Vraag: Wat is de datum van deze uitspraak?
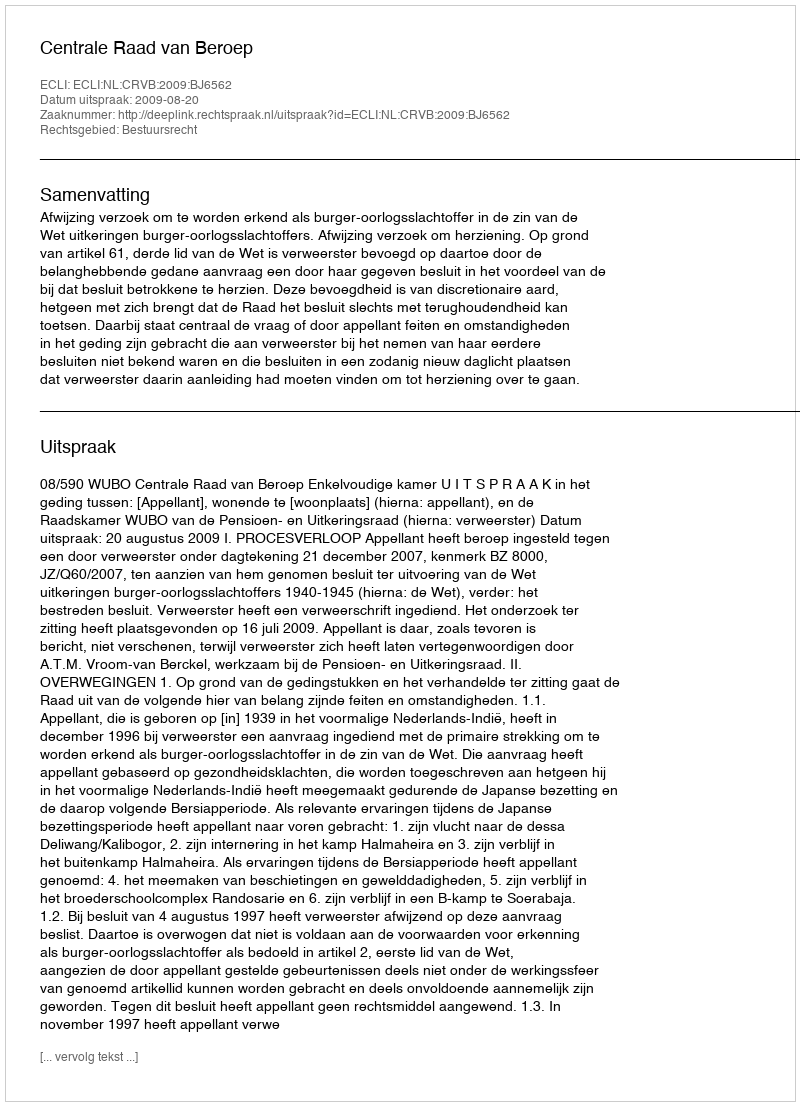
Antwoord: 2009-08-20